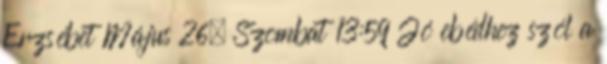
Erzsébet Május 26, Szombat 13:59 Jó ebédhez szól a